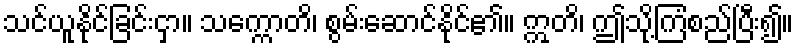
သင်ယူနိုင်ခြင်းငှာ။ သက္ကောတိ၊ စွမ်းဆောင်နိုင်၏။ ဣတိ၊ ဤသို့ကြံစည်ပြီး၍။